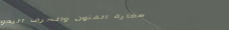
مغارة الفنون والحرف اليدو